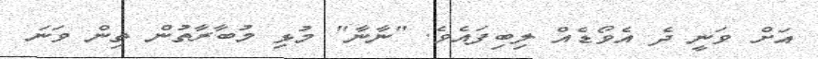
އަށް ވަނީ ދެ އެވޯޑެއް ލިބިފައެވެ. "ނާނާ" މުޅި މުބާރާތުން ތިން ވަނަ